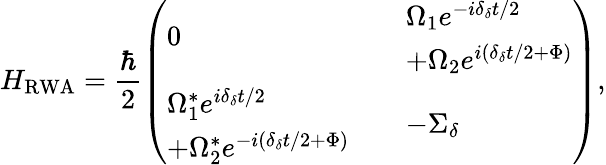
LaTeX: H_{\mathrm{RWA}}=\frac{\hbar}{2}\left(\begin{array}{lll}{0}&&{\begin{array}{l}{\Omega_{1}e^{-i\delta_{\delta}t/2}}\\ {+\Omega_{2}e^{i(\delta_{\delta}t/2+\Phi)}}\end{array}}\\ {\begin{array}{l}{\Omega_{1}^{*}e^{i\delta_{\delta}t/2}}\\ {+\Omega_{2}^{*}e^{-i(\delta_{\delta}t/2+\Phi)}}\end{array}}&&{-\Sigma_{\delta}}\end{array}\right),